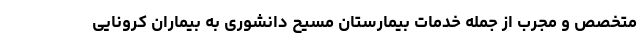
متخصص و مجرب از جمله خدمات بیمارستان مسیح دانشوری به بیماران کرونایی